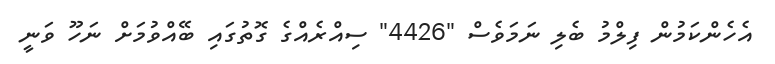
އެހެންކަމުން ފިލްމު ބެލި ނަމަވެސް "4426" ސިއްރެއްގެ ގޮތުގައި ބޭއްވުމަށް ނަހޫ ވަނީ